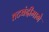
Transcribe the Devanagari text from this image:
तटबंदीमागे